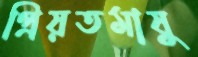
প্রিয়তমাষু